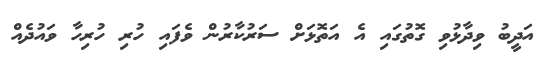
އަދީބު ވިދާޅުވި ގޮތުގައި އެ އަތޮޅަށް ސަރުކާރުން ވެފައި ހުރި ހުރިހާ ވައުދެއް